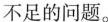
不足的问题。